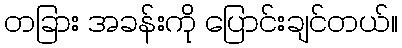
တခြား အခန်းကို ပြောင်းချင်တယ်။